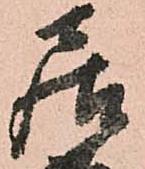
居